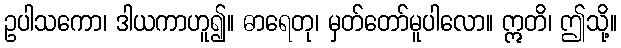
ဥပါသကော၊ ဒါယကာဟူ၍။ ဓာရေတု၊ မှတ်တော်မူပါလော။ ဣတိ၊ ဤသို့။